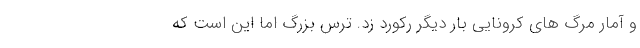
و آمار مرگ های کرونایی بار دیگر رکورد زد. ترس بزرگ اما این است که